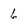
Character: 6